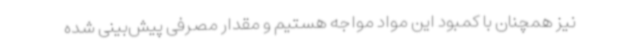
نیز همچنان با کمبود این مواد مواجه هستیم و مقدار مصرفی پیش‌بینی شده